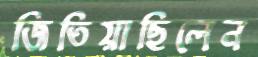
জিতিয়াছিলেন